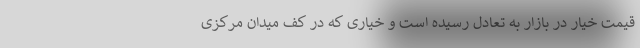
قیمت خیار در بازار به تعادل رسیده است و خیاری که در کف میدان مرکزی